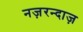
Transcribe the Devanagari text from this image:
नज़रन्दाज़